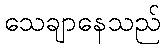
သေချာနေသည်